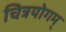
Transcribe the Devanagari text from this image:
चित्रयोगम्